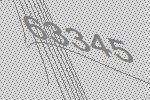
63345